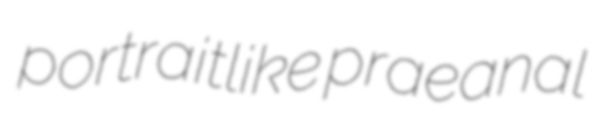
portraitlike praeanal